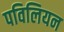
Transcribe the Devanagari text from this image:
पविलियन